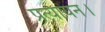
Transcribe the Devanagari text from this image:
प्रत्यायन।